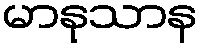
မာနုသာန